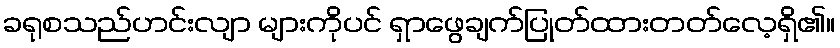
ခရုစသည်ဟင်းလျာ များကိုပင် ရှာဖွေချက်ပြုတ်ထားတတ်လေ့ရှိ၏။